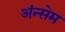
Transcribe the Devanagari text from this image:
अंन्सेम